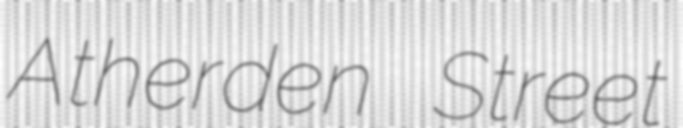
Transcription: Atherden Street